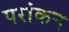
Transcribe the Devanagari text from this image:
परांकन